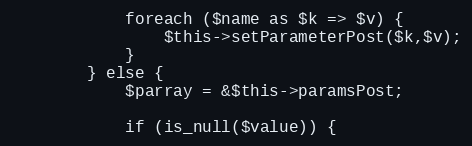
Language: PHP
			foreach ($name as $k => $v) {
				$this->setParameterPost($k,$v);
			}
		} else {
			$parray = &$this->paramsPost;

			if (is_null($value)) {